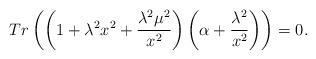
LaTeX: \begin{align*}Tr\left(\left(1+\lambda^2 x^2 + \frac{\lambda^2 \mu^2}{x^2}\right)\left(\alpha + \frac{\lambda^2}{x^2}\right)\right) = 0 .\end{align*}